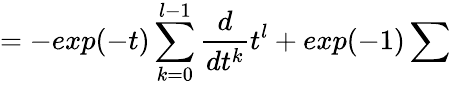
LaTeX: =-exp(-t)\sum_{k=0}^{l-1}\frac{d}{dt^{k}}t^{l}+exp(-1)\sum